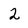
Character: 2